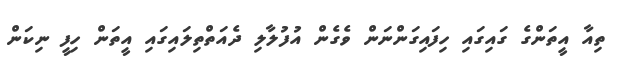
ތިއާ އީތަންގެ ގައިގައި ހިފައިގަންނަން ވެގެން އުފުލާލި ދެއަތްތިލައިގައި އީތަން ހިފީ ނިކަން